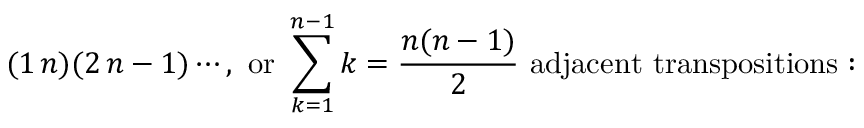
( 1 \, n ) ( 2 \, n - 1 ) \cdots , { \mathrm { ~ o r ~ } } \sum _ { k = 1 } ^ { n - 1 } k = { \frac { n ( n - 1 ) } { 2 } } { \mathrm { ~ a d j a c e n t ~ t r a n s p o s i t i o n s : ~ } }